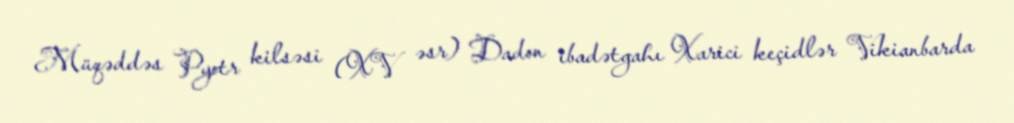
Müqəddəs Pyotr kilsəsi (XV əsr) Dadon ibadətgahı Xarici keçidlər Vikianbarda